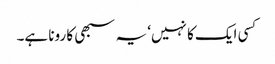
کسی ایک کا نہیں‘ یہ سبھی کا رونا ہے۔